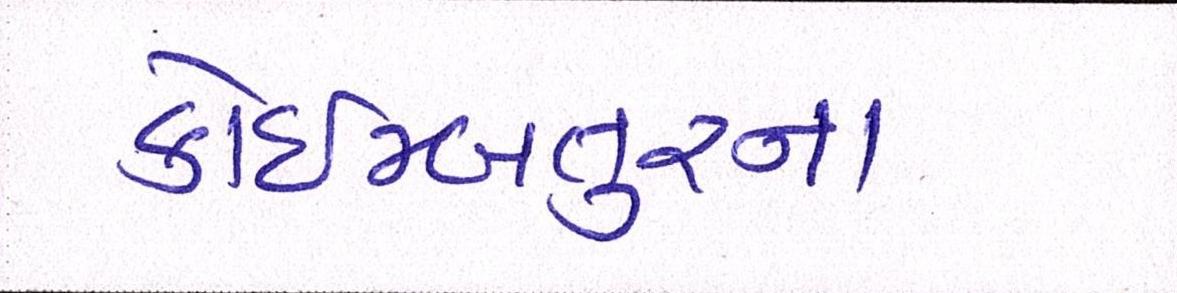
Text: કોઇમ્બતુરના